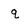
Character: q